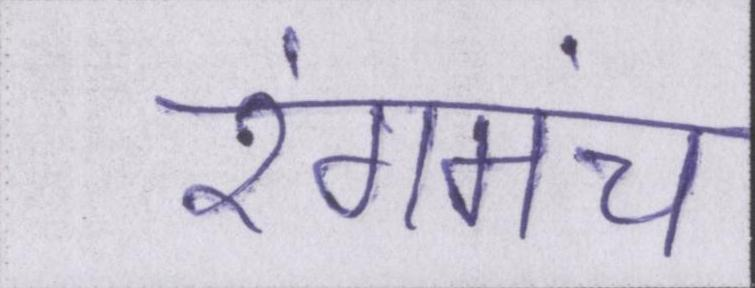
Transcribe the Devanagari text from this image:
रंगमंच